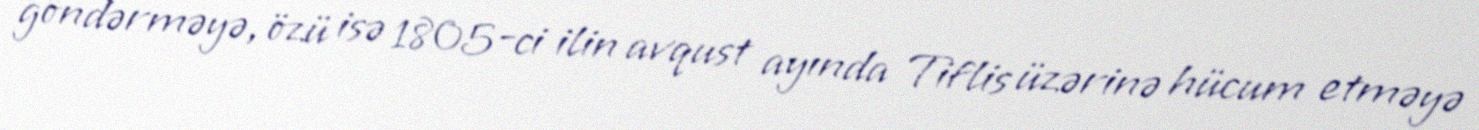
göndərməyə, özü isə 1805-ci ilin avqust ayında Tiflis üzərinə hücum etməyə